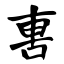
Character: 軎